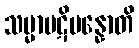
သမ္မာပဋိပန္နောတိ